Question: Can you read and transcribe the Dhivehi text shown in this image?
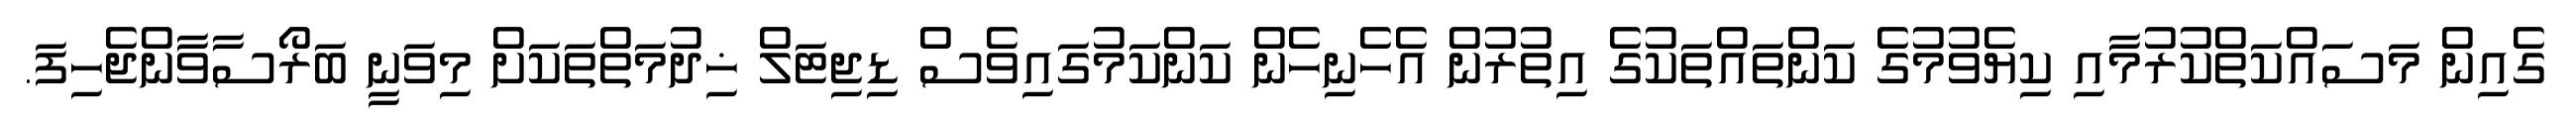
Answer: ގެއިން މަސައްކަތްކުރުމާއި ކިޔެވުމުގެ ކަންތައްތަކުގެ އިތުރުން އެހެނިހެން ކަންކަމުގައިވެސް ޑިޖިޓަލް ޚިދުމަތްތަކަށް މިވަނީ ބަރޯސާވާންޖެހިފަ.